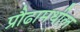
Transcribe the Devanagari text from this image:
प्रौढामधील